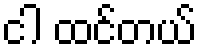
ငါ ထင်တယ်